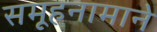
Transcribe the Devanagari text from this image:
समूहनामाने